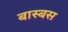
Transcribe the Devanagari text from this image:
बास्बस